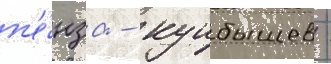
п'е́нза - куибышев -